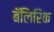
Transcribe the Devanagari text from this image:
बॅलिरिक